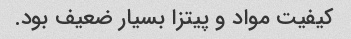
کیفیت مواد و پیتزا بسیار ضعیف بود.